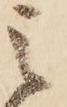
之